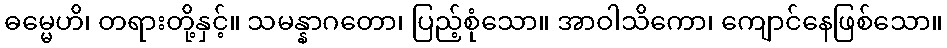
ဓမ္မေဟိ၊ တရားတို့နှင့်။ သမန္နာဂတော၊ ပြည့်စုံသော။ အာဝါသိကော၊ ကျောင်နေဖြစ်သော။